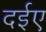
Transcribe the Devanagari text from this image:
दईए